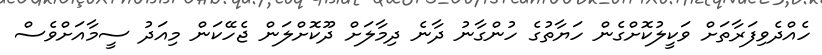
ހެއްދެވިފަރާތަށް ވަކީލުކޮށްގެން ހަޔާތުގެ ހުންގާނު ދާނެ ދިމާލަށް ދޫކޮށްލަން ޖެހޭކަން މިއަދު ސީމާއަށްވެސް